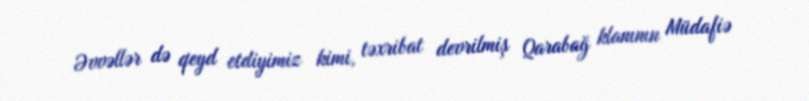
Əvvəllər də qeyd etdiyimiz kimi, təxribat devrilmiş Qarabağ klanının Müdafiə